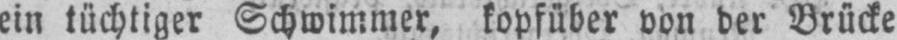
ein tüchtiger Schwimmer, kopfüber von der Brücke